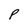
Character: p